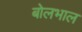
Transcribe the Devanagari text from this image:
बोलभाल